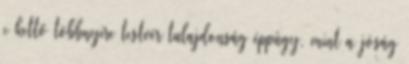
e kettő többnyire testvér tulajdonság éppúgy, mint a jóság